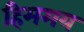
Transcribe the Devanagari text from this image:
हिममय